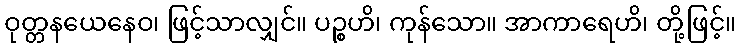
ဝုတ္တနယေနေဝ၊ ဖြင့်သာလျှင်။ ပဉ္စဟိ၊ ကုန်သော။ အာကာရေဟိ၊ တို့ဖြင့်။